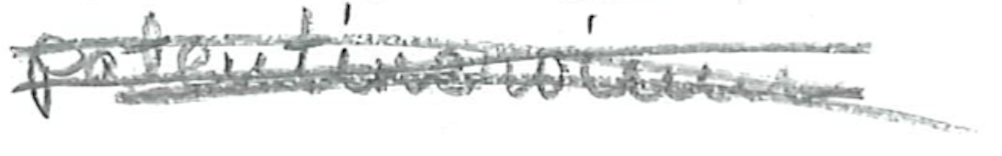
Text: patentinervium.
Cross-out: scratch
Writing tool: pencil